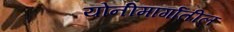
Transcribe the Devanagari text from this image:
योनीमार्गातील